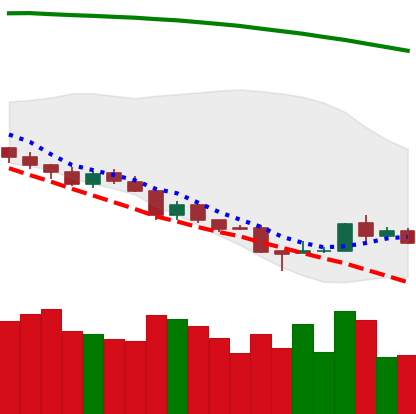
Ticker: TRX-USD
Chart end date: 2018-08-20
Forward return: 8.809%
Label: up_7plus